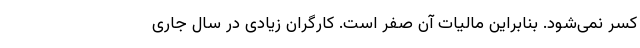
کسر نمی‌شود. بنابراین مالیات آن صفر است. کارگران زیادی در سال جاری